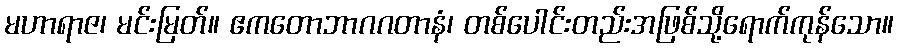
မဟာရာဇ၊ မင်းမြတ်။ ဧကတောဘာဂဂတာနံ၊ တစ်ပေါင်းတည်းအဖြစ်သို့ရောက်ကုန်သော။